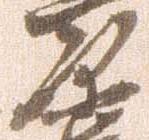
原